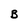
Character: B